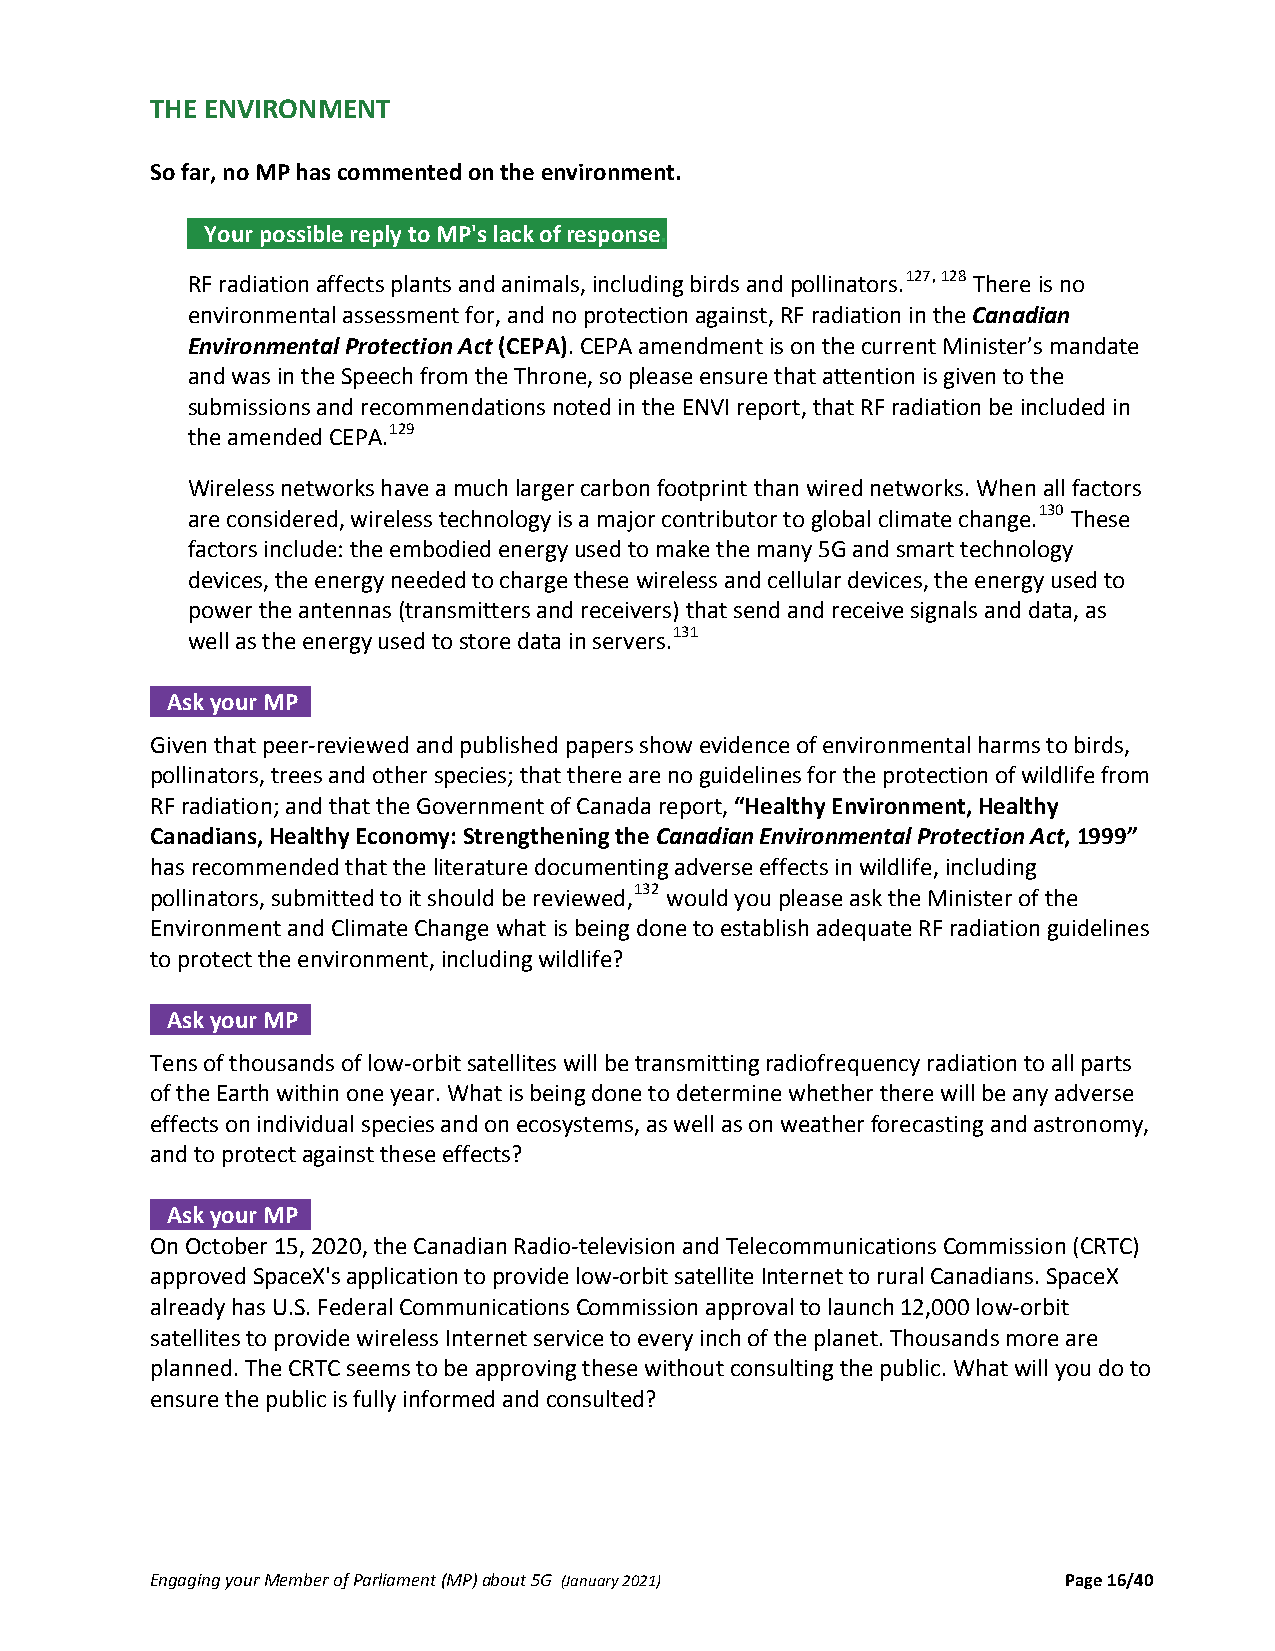
THE ENVIRONMENT
 So far, no MP has commented on the environment.
 Your possible reply to MP's lack of response.
 YOUR POSSIBLE REPLY TO LACK OF MP RESPONSE:
 RF radiation affects plants and animals, including birds and pollinators.127, 128 There is no
 environmental assessment for, and no protection against, RF radiation in the Canadian
 Environmental Protection Act (CEPA). CEPA amendment is on the current Minister’s mandate
 and was in the Speech from the Throne, so please ensure that attention is given to the
 submissions and recommendations noted in the ENVI report, that RF radiation be included in
 the amended CEPA.129
 Wireless networks have a much larger carbon footprint than wired networks. When all factors
 are considered, wireless technology is a major contributor to global climate change.130 These
 factors include: the embodied energy used to make the many 5G and smart technology
 devices, the energy needed to charge these wireless and cellular devices, the energy used to
 power the antennas (transmitters and receivers) that send and receive signals and data, as
 well as the energy used to store data in servers.131
 Ask your MP .
 Given that peer‐reviewed and published papers show evidence of environmental harms to birds,
 pollinators, trees and other species; that there are no guidelines for the protection of wildlife from
 RF radiation; and that the Government of Canada report, “Healthy Environment, Healthy
 Canadians, Healthy Economy: Strengthening the Canadian Environmental Protection Act, 1999”
 has recommended that the literature documenting adverse effects in wildlife, including
 pollinators, submitted to it should be reviewed,132 would you please ask the Minister of the
 Environment and Climate Change what is being done to establish adequate RF radiation guidelines
 to protect the environment, including wildlife?
 Ask your MP .
 Tens of thousands of low‐orbit satellites will be transmitting radiofrequency radiation to all parts
 of the Earth within one year. What is being done to determine whether there will be any adverse
 effects on individual species and on ecosystems, as well as on weather forecasting and astronomy,
 and to protect against these effects?
 Ask your MP .
 On October 15, 2020, the Canadian Radio‐television and Telecommunications Commission (CRTC)
 approved SpaceX's application to provide low‐orbit satellite Internet to rural Canadians. SpaceX
 already has U.S. Federal Communications Commission approval to launch 12,000 low‐orbit
 satellites to provide wireless Internet service to every inch of the planet. Thousands more are
 planned. The CRTC seems to be approving these without consulting the public. What will you do to
 ensure the public is fully informed and consulted?
 Engaging your Member of Parliament (MP) about 5G (January 2021) Page 16/40